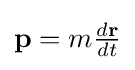
{\textstyle \mathbf {p} =m{\frac {d\mathbf {r} }{dt}}}